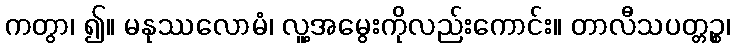
ကတွာ၊ ၍။ မနုဿလောမံ၊ လူ့အမွေးကိုလည်းကောင်း။ တာလီသပတ္တဉ္စ၊